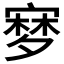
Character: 𡪎